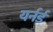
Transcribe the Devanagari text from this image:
यर्नर्ड